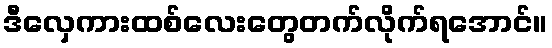
ဒီလှေကားထစ်လေးတွေတက်လိုက်ရအောင်။